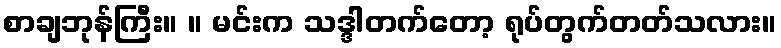
စာချဘုန်ကြီး။ ။ မင်းက သဒ္ဒါတက်တော့ ရုပ်တွက်တတ်သလား။